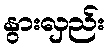
နွားလှည်း